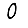
Digit: 0